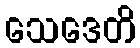
သေဒေတိ